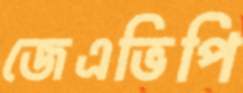
জেএভিপি